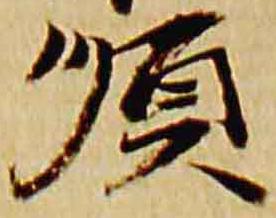
順